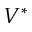
V ^ { * }